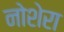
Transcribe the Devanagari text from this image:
नोशेरा